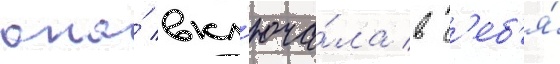
она́ вкл'юча́ла в с'еб'я́